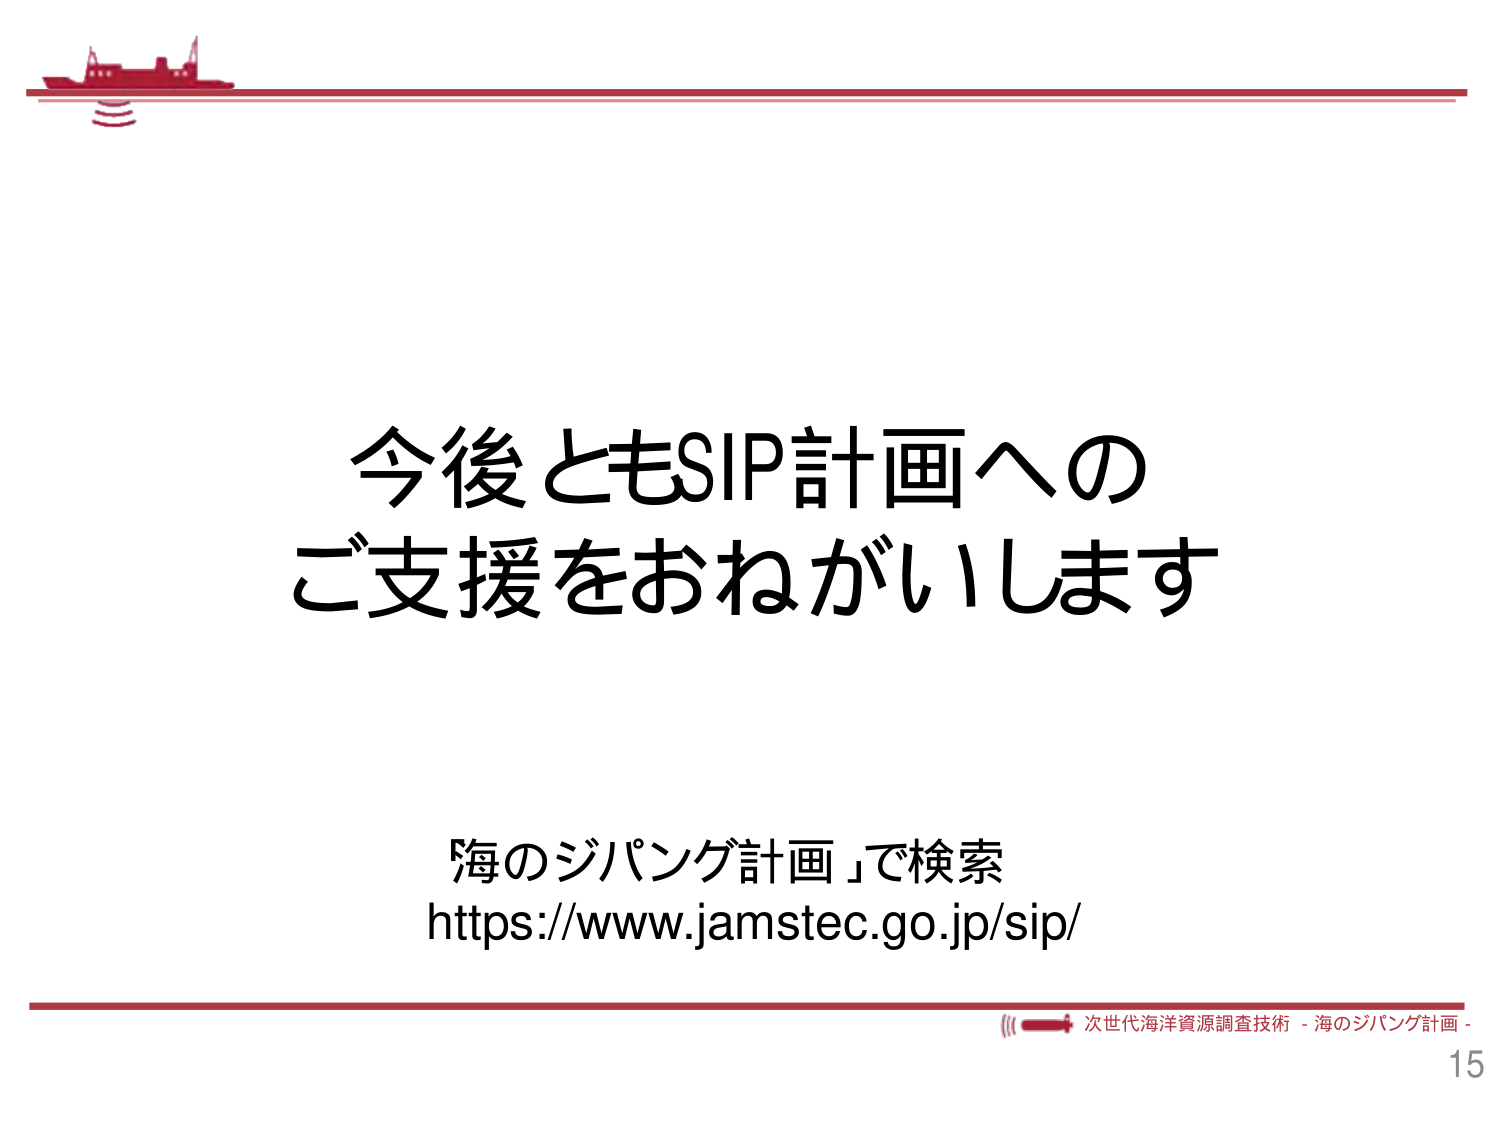
今後ともSIP計画への
ご支援をおねがいします

「海のジパング計画」で検索
https://www.jamstec.go.jp/sip/

次世代海洋資源調査技術 - 海のジパング計画 -
15